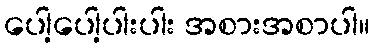
ပေါ့ပေါ့ပါးပါး အစားအစာပါ။